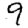
Digit: 9